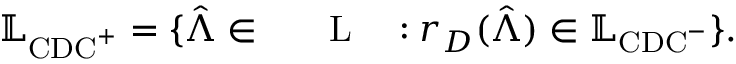
\mathbb { L } _ { \mathrm { C D C } ^ { + } } = \{ \hat { \boldsymbol { \Lambda } } \in \mathrm { ~ \ensuremath ~ { ~ \mathbb ~ { ~ L ~ } ~ } ~ } : r _ { D } ( \hat { \boldsymbol { \Lambda } } ) \in \mathbb { L } _ { \mathrm { C D C } ^ { - } } \} .